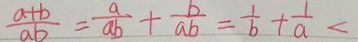
\frac { a + b } { a b } = \frac { a } { a b } + \frac { b } { a b } = \frac { 1 } { b } + \frac { 1 } { a } <